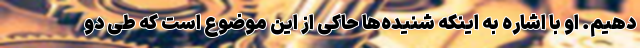
‌دهیم. او با اشاره به اینکه شنیده‌ها حاکی از این موضوع است که طی دو